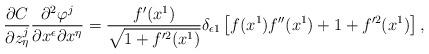
LaTeX: \begin{align*}\frac{\partial C}{\partial z^j_{\eta}}\frac{\partial^2\varphi^j} {\partial x^{\epsilon}\partial x^{\eta}}=\frac{f'(x^1)}{\sqrt{1+f'^2(x^1)}}\delta_{\epsilon 1}\left[ f(x^1)f''(x^1)+1+f'^2(x^1)\right], \end{align*}